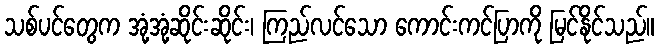
သစ်ပင်တွေက အုံ့အုံ့ဆိုင်းဆိုင်း၊ ကြည်လင်သော ကောင်းကင်ပြာကို မြင်နိုင်သည်။